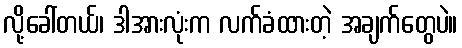
လို့ခေါ်တယ်၊ ဒါအားလုံးက လက်ခံထားတဲ့ အချက်တွေပဲ။